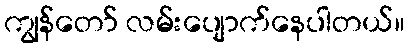
ကျွန်တော် လမ်းပျောက်နေပါတယ်။